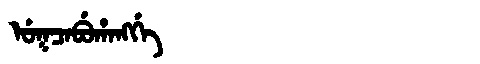
Manchu: ᡠᡴᠴᠠᠪᡠᡥᠠᠩᡤᡝ
Romanization: UKCABUHANGGE